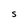
Character: S